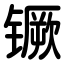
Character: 镢